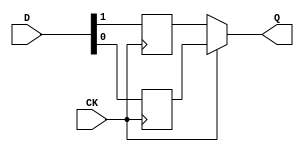
module libhdl_sdr2ddrN
#(  parameter N = 1)
(   input  wire           CK,
    input  wire [N*2-1:0] D,
    output wire [N-1:0]   Q);

reg [N-1:0] Qr = {N{1'b0}};
reg [N-1:0] Qf = {N{1'b0}};

genvar k;
generate
for (k = 0; k < N; k = k + 1) begin
    always @ (posedge CK)
        Qr[k] <= D[k*2+0];
    always @ (negedge CK)
        Qf[k] <= D[k*2+1];
end
endgenerate

assign Q = (CK == 1'b1) ? Qr : Qf;

endmodule